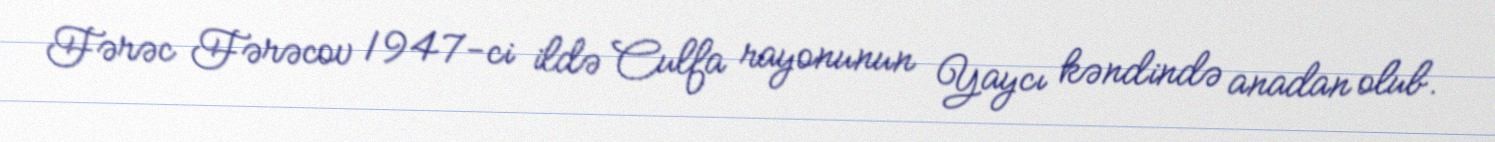
Fərəc Fərəcov 1947-ci ildə Culfa rayonunun Yaycı kəndində anadan olub.